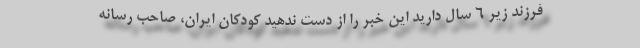
فرزند زیر 6 سال دارید این خبر را از دست ندهید کودکان ایران، صاحب رسانه